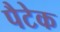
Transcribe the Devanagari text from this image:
पैटेक